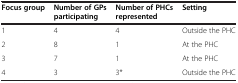
| Focus group | Number of GPs participating | Number of PHCs represented | Setting |
 | --- | --- | --- | --- |
 | 1 | 4 | 4 | Outside the PHC |
 | 2 | 8 | 1 | At the PHC |
 | 3 | 7 | 1 | At the PHC |
 | 4 | 3 | 3* | Outside the PHC |